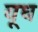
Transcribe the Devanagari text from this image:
यूध